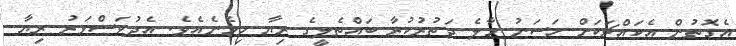
އެގޮތުން އެކައްޗަކަށް ހަސަނު މާލެ ދަތުރުކުރާ ބައްތެލީގެ ރިޔާ ހިމެނެއެވެ. އެދުވަސްވަރު ރިޔާ